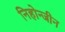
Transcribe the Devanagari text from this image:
निहोन्जीन